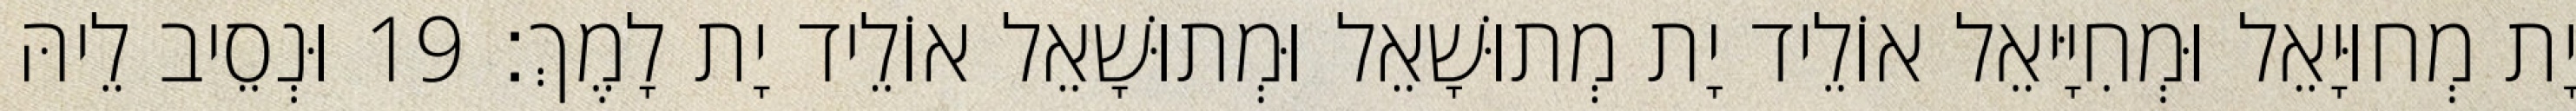
יָת מְחוּיָאֵל וּמְחִיָּיאֵל אוֹלֵיד יָת מְתוּשָׁאֵל וּמְתוּשָׁאֵל אוֹלֵיד יָת לָמֶךְ׃ 19 וּנְסֵיב לֵיהּ